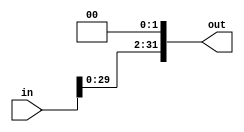
`timescale 1ns / 1ps
//////////////////////////////////////////////////////////////////////////////////
// Company: 
// Engineer: 
// 
// Design Name: 
// Module Name: shiftLeft2
// Project Name: 
// Target Devices: 
// Tool Versions: 
// Description: 
// 
// Dependencies: 
// 
// Revision:
// Revision 0.01 - File Created
// Additional Comments:
// 
//////////////////////////////////////////////////////////////////////////////////


module ShiftLeft2_immediate(
    input [31:0] in,
    output reg [31:0] out
    );
    always @(*) begin
        out = {in[29:0],2'b00};
    end
endmodule

module ShiftLeft2_jump(
    input [25:0] in,
    output reg [27:0] out
    ); 
    always @(*) begin
        out = {in[25:0],2'b00} ;
    end
endmodule